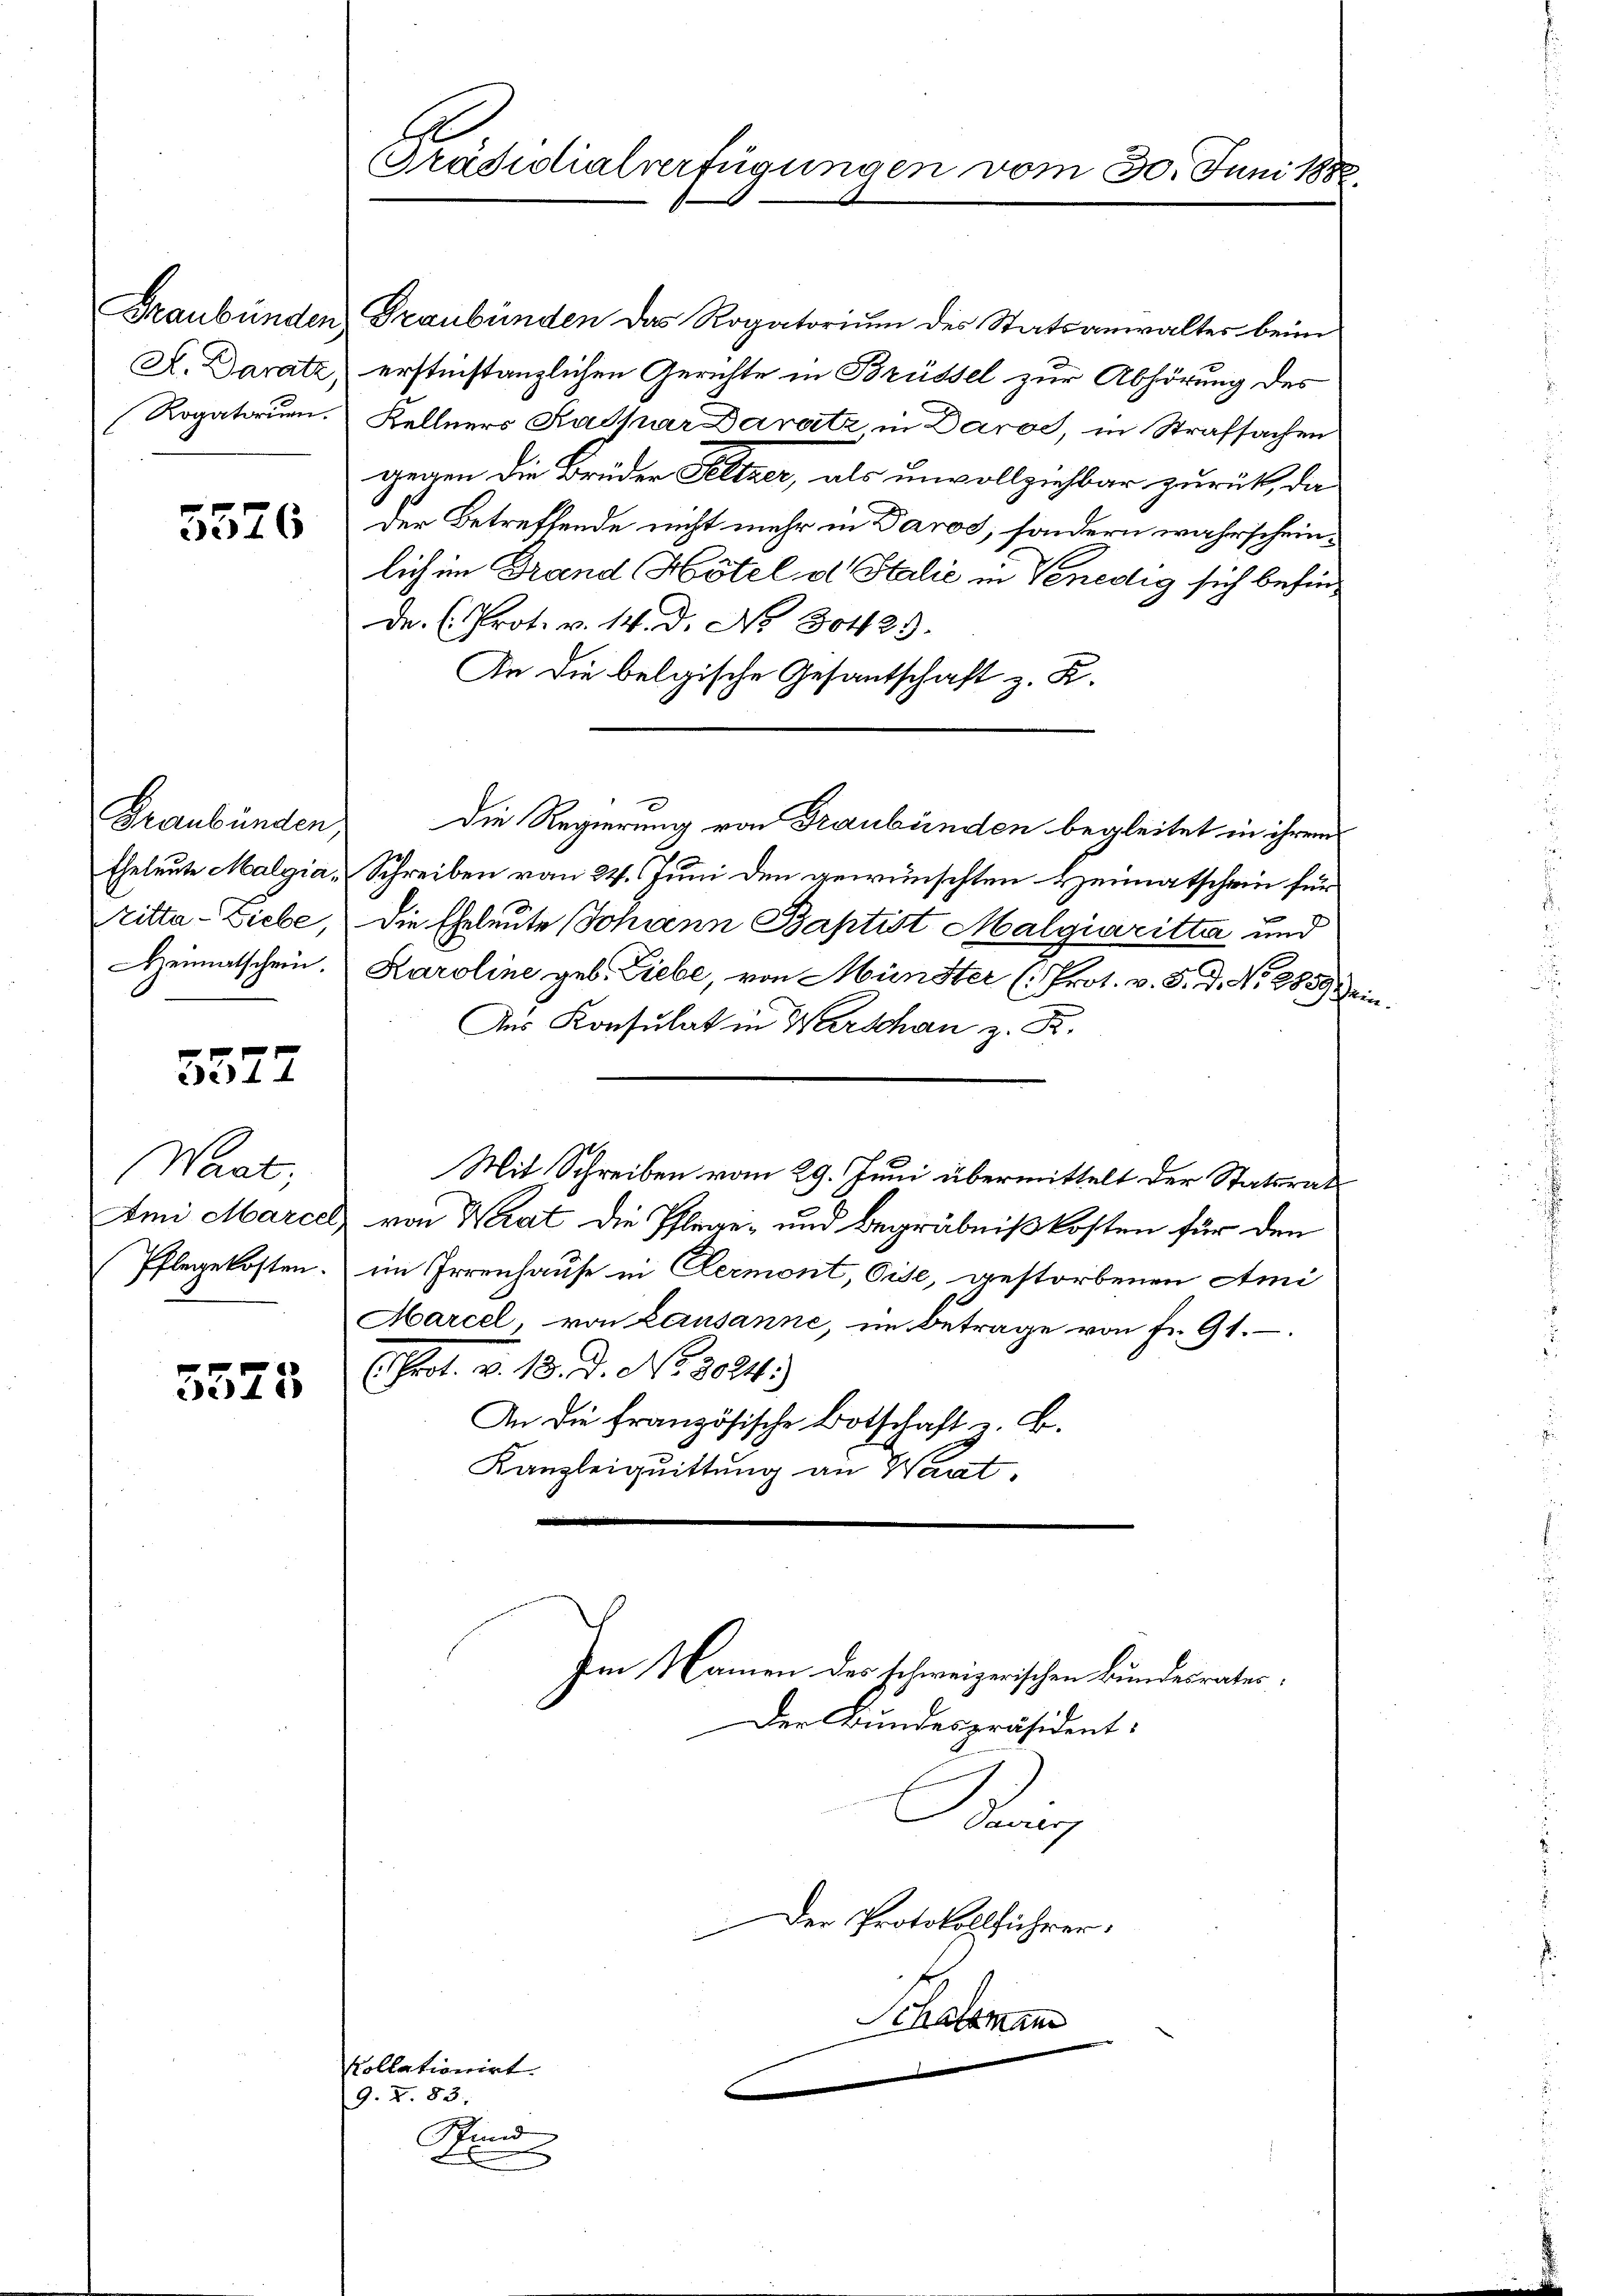
Graubünden
A. Darate,
Rogatorum.

5576

Graubünden
Eheleute Malgia¬
Nitta - Liebe,
Heimatschein.

3327

Wart
Ami Marcel
Pflegekosten.

3575

A
Präsidialverfügungen vom 30. Juni 188

Graubünden das Rogatorium des Statsanwalter beim
erstinstanzlichen Gerichte in Brüssel zur Abhörung des
Kellners Kathar Daratz in Daros, in Strafsachen
gegen die Brüder Peltzer, als unvollziehbar zurück, da
der Betreffende nicht mehr in Daros, sondern wahrscheinlich im Brand Hotel el Salić in Venedig sich befin¬
De. (Prot. v. 14. d. No. 30425.
An die belgische Gesantschaft z. K.
Die Regierung von Graubünden begleitet in ihrem
Schreiben vom 24. Juni den gewünschten Heimatschein für
die Eheleute Johann Baptist Malgiaritte und
Karoline geb. Liebe, von Münster (: Prot. v. 5. d. No. 28591.
Ans Konsulat in Warschan z. B.
Mit Schreiben vom 29. Juni übermittelt der Statsrath
von Wrat die Pflege- und Begräbnißkosten für den
im Irrenhause in Clermont, Oise, gestorbenen Ami
Marcel, von Lausanne, im Betrage von Fr. 91.
Prot. v. 13. d. No. 3024.)
An die französische Botschaft z. B.
Kanzleiquittung an Waat.
Im Namen des schweizerischen Bundesrates,
Der Bundespräsident:
Kais
Der Protokollführer.
Schatzmann

Stund

kollationirt.
9. Z. 83.

l